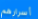
أسرارهم